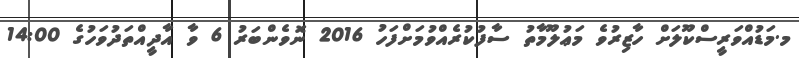
މ.މަޑުއްވަރީސްކޫލަށް ހާޒިރުވެ މަޢުލޫމާތު ސާފުކުރެއްވުމަށްފަހު 2016 ނޮވެންބަރު 6 ވާ އާދީއްތަދުވަހުގެ 14:00